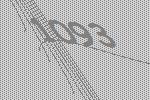
1093